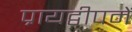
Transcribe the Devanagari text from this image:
प्रायद्वीपमें